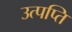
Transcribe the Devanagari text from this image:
उत्पप्ति